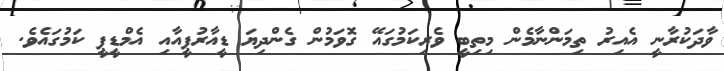
ވާދަކުރާނީ އެއިރު ތިމަންނާމެން މިތިބީ ވެރިކަމުގައޭ ގޮވަމުން ގެންދިޔަ ޑީއާރުޕީއާއި އެމްޑީޕީ ކަމުގައެވެ.